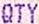
QTY